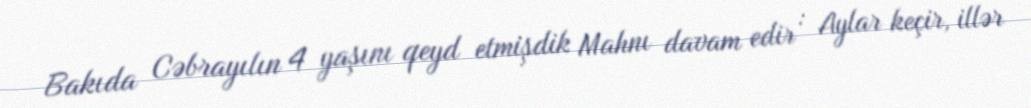
Bakıda Cəbrayılın 4 yaşını qeyd etmişdik Mahnı davam edir : Aylar keçir, illər